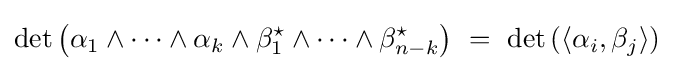
\det \left(\alpha _{1}\wedge \cdots \wedge \alpha _{k}\wedge \beta _{1}^{\star }\wedge \cdots \wedge \beta _{n-k}^{\star }\right)\ =\ \det \left(\langle \alpha _{i},\beta _{j}\rangle \right)